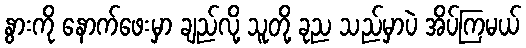
နွားကို နောက်ဖေးမှာ ချည်လို့ သူတို့ ခုည သည်မှာပဲ အိပ်ကြမယ်